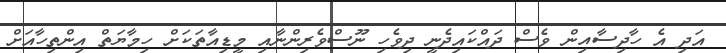
އަދި އެ ހާދިސާއިން ވެސް ދައްކައިދެނީ ދިވެހި ނޫސްވެރިންނާއި މީޑިއާތަކަށް ހިމާޔަތް އިންތިހާއަށް